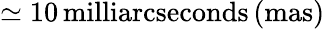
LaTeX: \simeq 10\, \mathrm{milliarcseconds\, (mas)}